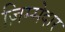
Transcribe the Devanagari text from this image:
ज़िम्‍मेदार